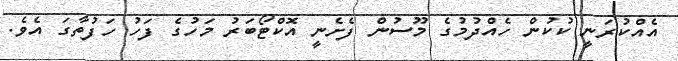
އެއްކުރަނީ ކުކުން ހެއްދުމުގެ މޫސުން ފެށެނީ އޮކްޓޯބަރު މަހުގެ ފަހު ހަފުތާގަ އެވެ.